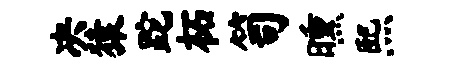
决猿跎柘笥曛熙